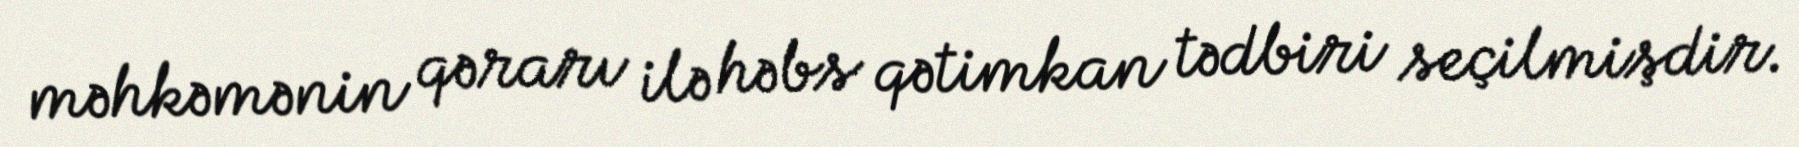
məhkəmənin qərarı ilə həbs qətimkan tədbiri seçilmişdir.